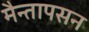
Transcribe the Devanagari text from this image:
मैन्तापसन